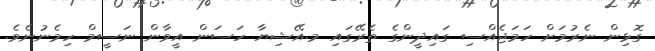
ގޮޅިން ނެރުމަށް ހަމަޖެއްސި ގައިދީންގެ ތެރޭގައި މ.އޭޝިޔާ ހަސަން އީވާން ނަސީމް ހިމެނުނެވެ.